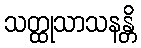
သတ္ထုသာသနန္တိ